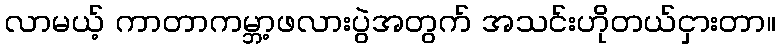
လာမယ့် ကာတာကမ္ဘာ့ဖလားပွဲအတွက် အသင်းဟိုတယ်ငှားတာ။